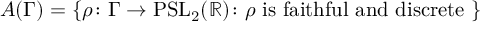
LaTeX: A ( \Gamma ) = \{ \rho \colon \Gamma \to \mathrm { P S L } _ { 2 } ( \mathbb { R } ) \colon \rho { \mathrm { ~ i s ~ f a i t h f u l ~ a n d ~ d i s c r e t e ~ } } \}